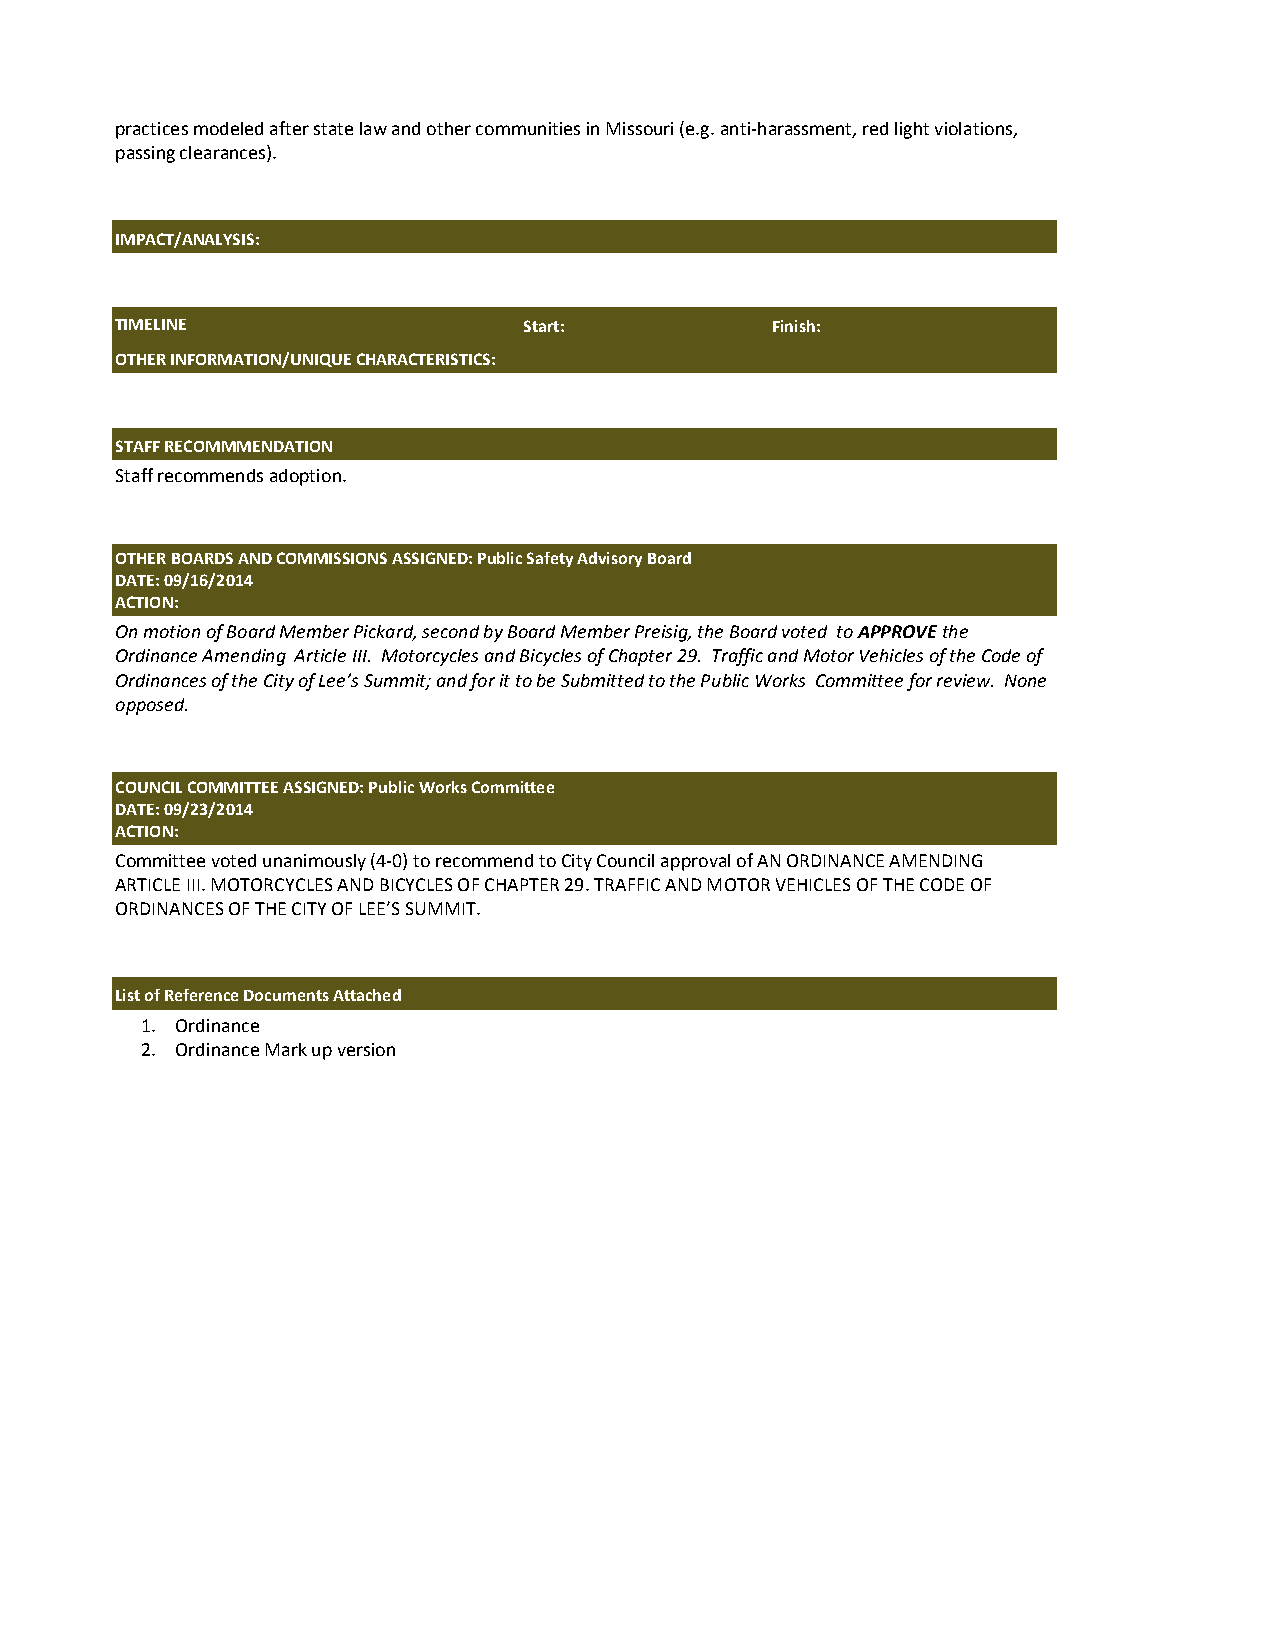
practices modeled after state law and other communities in Missouri (e.g. anti­harassment, red light violations,
 passing clearances).
 IMPACT/ANALYSIS:
 TIMELINE                   Start:          Finish:
 OTHER INFORMATION/UNIQUE CHARACTERISTICS:
 STAFF RECOMMMENDATION
 Staff recommends adoption.
 OTHER BOARDS AND COMMISSIONS ASSIGNED: Public Safety Advisory Board
 DATE: 09/16/2014
 ACTION:
 On motion of Board Member Pickard, second by Board Member Preisig, the Board voted to APPROVE the
 Ordinance Amending Article III. Motorcycles and Bicycles of Chapter 29. Traffic and Motor Vehicles of the Code of
 Ordinances of the City of Lee’s Summit; and for it to be Submitted to the Public Works Committee for review. None
 opposed.
 COUNCIL COMMITTEE ASSIGNED: Public Works Committee
 DATE: 09/23/2014
 ACTION:
 Committee voted unanimously (4­0) to recommend to City Council approval of AN ORDINANCE AMENDING
 ARTICLE III. MOTORCYCLES AND BICYCLES OF CHAPTER 29. TRAFFIC AND MOTOR VEHICLES OF THE CODE OF
 ORDINANCES OF THE CITY OF LEE’S SUMMIT.
 List of Reference Documents Attached
 1. Ordinance
 2. Ordinance Mark up version